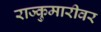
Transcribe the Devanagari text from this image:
राज्कुमारीवर